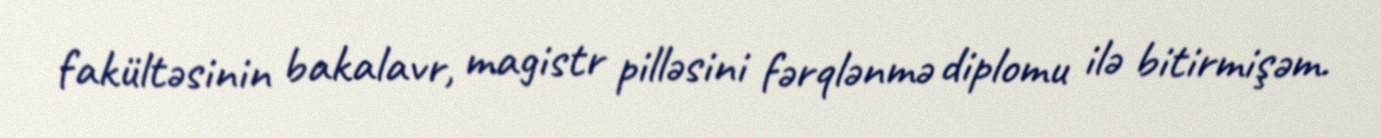
fakültəsinin bakalavr, magistr pilləsini fərqlənmə diplomu ilə bitirmişəm.